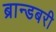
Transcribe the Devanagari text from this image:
ब्रान्डबरी